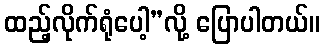
ထည့်လိုက်ရုံပေါ့”လို့ ပြောပါတယ်။